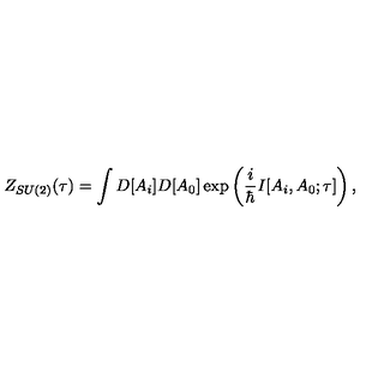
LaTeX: Z _ { S U ( 2 ) } ( \tau ) = \int D [ A _ { i } ] D [ A _ { 0 } ] \exp \left( \frac { i } { \hbar } I [ A _ { i } , A _ { 0 } ; \tau ] \right) ,